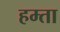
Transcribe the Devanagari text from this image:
हम्ता